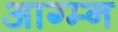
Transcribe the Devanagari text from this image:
आग्म्न